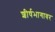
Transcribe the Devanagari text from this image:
शीर्षभागावर